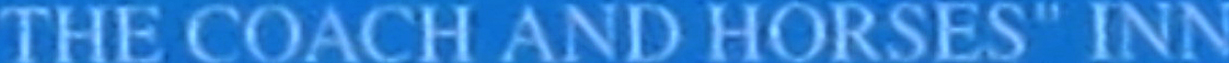
THE COACH AND HORSES" INN